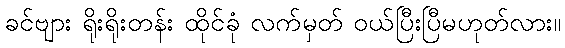
ခင်ဗျား ရိုးရိုးတန်း ထိုင်ခုံ လက်မှတ် ဝယ်ပြီးပြီမဟုတ်လား။